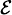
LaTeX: \scriptstyle{\mathcal{E}}